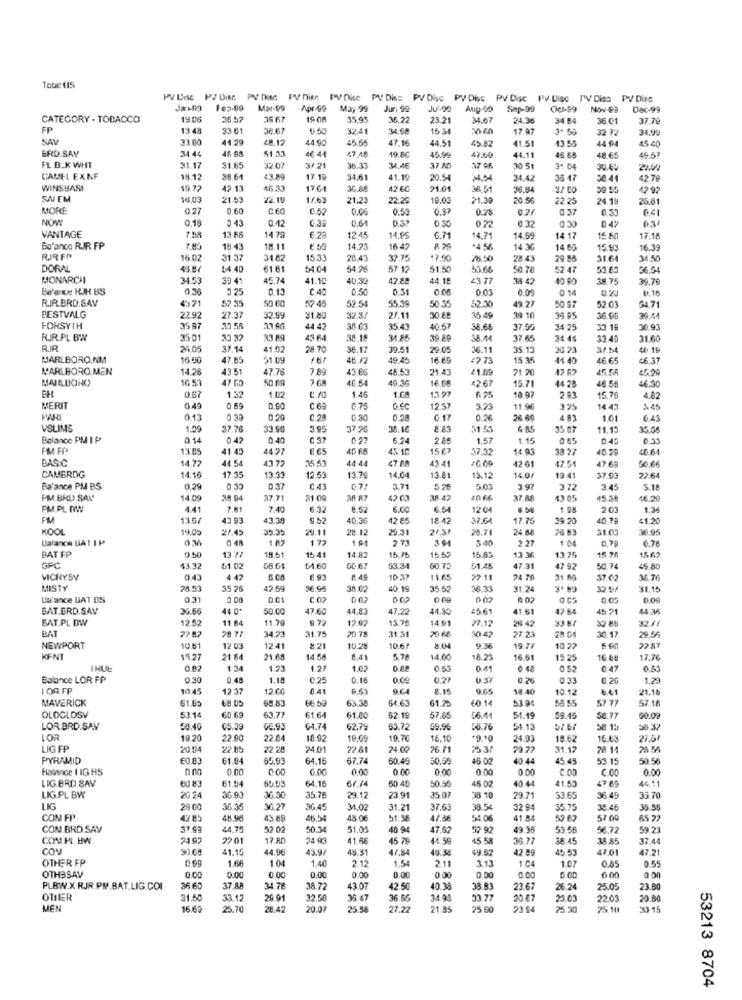
Tote! US
PV DA PJ DiAG PV Die PV Dise PV Dice PV Diss PV Disc PV Dis PV Disc PV Dise PV Diss PV Dise
PV Dise PV Dise
PV Dice
Mar-99
Apr-99
May 99
Jur. 99
Ju'-90
Aug-00
Sap-99
Nov-99
Dec-99
CATEGORY - TOBACCO
19.06
35.57
25 67
35.95
36.27
23.21
34.67
24. 30
34 54
36.01
37.79
FP
13 48
33 61
38.67
3241
15 34
17 97
32 72
34.99
SAY
33.00
44.29
48.12
44.90
47.16
44.51
45.82
41.51
13.55
44 94
ERD.SAY
46 08
51.33
47,48
45 40
34 44
4€ 44
19.8€
45.96
47.60
44.11
45 65
48.65
49.5?
FL B.K WHT
31.17
$1.65
32.07
3/21
36.33
34.46
37 80
17 G6
30.51
31 04
30.45
CAMEL EXNF
18 12
36.61
43.89
17.19
34.61
41.1
20.54
34.42
36 47
30.44
42.79
WINSHASE
19 72
42 13
1764
36. 88
42 60
21.01
38 51
36.14
2/ CO
59 55
47 92
SAI EM
18.03
21.53
22.10
1/63
21,23
22.25
19.03
21.39
20.56
22 25
24.19
25.81
MORE
0.27
0.60
0.52
0.53
0.37
0.78
0 37
0.33
64
NOM
0.15
0 43
0.12
038
0.64
0 x
022
0.32
0 :30
047
03/
VANTAGE
7.98
13 66
14 78
6.23
12.45
11.95
6.71
14.71
14.69
14 17
15 50
17.18
Bo'anco RIR FP
18 43
18.11
€.50
14.23
16 47
.4 56
14 30
14 60
15.93
16.39
R.IR FP
16.02
31 37
31.62
15.33
28.43
32.75
17.90
28.43
29 86
31.64
34.50
DORAL
43.87
$4.40
61.61
54 04
54.26
57 12
51.50
51.65
50 70
52 47
36.54
MONARCH
34.53
45.74
41.10
40.32
42.88
44.15
23 77
42
38.75
39.79
Be'ane KJH BS
0.36
0 25
0.13
C.40
0,50
0.51
0.03
0.00
0 1
0.16
RIR BRD.SAV
4971
50 60
57 48
52.54
55.39
50.55
52.30
49.27
57 35
50 97
52.03
54.71
BESTVALG
2292
27.37
32.99
31.80
32.3/
30.68
35.49
39 10
36.00
39.41
FORSYTH
35 97
.39 58
44 42
38 63
35.43
40.57
36.66
37.55
34 25
33 1
30.93
RUIR.PL BW
3501
43 64
38.18
31.85
39.89
36.14
37.65
31 44
33.40
31.60
24 05
37.14
41.02
28.70
36.17
39.51
29.05
36.11
35.13
36.21
44. 15
MARLBORO.NM
16 00
47.85
51.09
49.45
16.69
=2.73
15 35
41 40
46.65
46.37
MARLBORO.MEN
14.28
43.51
47.76
7.89
43.86
48.53
21.43
21.89
21 20
47 62
45.5A
25.20
MAILUCHO
16 53
47 GO
50 89
7 GA
46.54
40.35
16 68
4267
15.71
44 28
46.58
0.57
1.45
13. 97
46.30
1.32
1 02
1.08
6.75
10.97
2 93
15.79
4.82
MERIT
0.49
0.89
0.60
0.75
12 57
3.23
11.96
3 25
14 47
$45
0.13
0.33
0,20
C. 29
0.30
0.28
6.17
0.26
4 8
1.01
6.43
VSLIMS
1.09
37.78
33.90
3.95
37.20
2.63
51 51
G 85
35 07
11.13
12:58
Balance PM IP
0.14
0 42
0.40
C 97
0 27
6.24
2.85
1.57
1.15
0.45
0.33
I'M FP
13.85
41 45
44.27
4D FS
15 67
37.32
14.03
38 77
40.20
40.64
BASIC
14.72
44 54
43 77
35 53
44 44
43 41
42 61
47.69
50.66
CAMERDG
17.35
47.54
14.16
19.33
12 51
13.76
14.04
13.81
13.12
14 01
19 41
37.0
22.64
Ba'ance PM BS
0.29
0.37
C.43
G7!
3.71
5.26
5.03
3.97
3 72
3.45
5.18
PM BRD SAY'
14 09
38 04
37.71
31 00
42 03
20 66
37.A8
43.05
45.58
16.20
PM.PL BW
4.41
7.81
EG CH
7.40
5.32
8.52
6.00
6.54
12.04
8.58
1 98
2 03
1.34
FM
13.0/
43.39
5.52
40.36
42 85
18.42
37 GA
17.75
29 20
40.79
41.20
KOOL
19.05
27.45
35.35
29.11
28.12
29.31
21.37
26.71
24.88
76 83
31.00
30.95
Balance BAT IP
1 02
172
1 91
27
5 40
2. 27
1 04
0.79
0.76
BAT FP
15.41
14.82
15.75
15.55
15 7A
1562
13 ?!
18.51
15.83
13 36
13 75
GPC
43.32
61 02
56 6
61.60
00.67
53.34
60.73
61.45
47.31
47 92
50.74
45.80
VICRYSY
0.43
4 47
6 91
10 37
11.65
22 11
24 7A
37.0
34.76
MISTY
24.53
35 26
42.59
$6.99
38.02
40.19
35 52
36.31
31.24
32 9/
31.15
Le'ance UA1 BS
0.31
C 02
0.02
002
0.05
0.09
BAT.ERD.SAV
30.66
44 0
50.00
47.60
44.83
47.22
44.80
45.61
41.61
47 64
45 21
44.36
BAT.PL DW
12.52
11 84
11.70
9.72
12.02
13.76
14.91
27.12
29 42
33 87
32.11
BAT
34.23
20 78
31.31
20 68
28 00
32 84
30.17
31.75
30 42
27.23
29.56
NEWPORT
10.81
12 03
12.41
10.28
10.67
8.04
9.34
19.77
10 27
22 87
KENT
$5.27
21 64
21.68
14.58
8.41
5.76
14.00
18.23
16.61
15 25
16.88
17.76
1 34
121
1.27
1.02
0.55
0.41
0 48
0 52
0.47
6.53
Balance LOR FP
0 30
0.48
1.18
0.25
0.16
0.00
0.27
0.37
0.2
0.33
0.20
1.2
I OR FP
10.45
12 37
12 00
0.41
9.CA
9.65
18.40
10.12
6.61
21.13
MAVERICK
61.65
68.83
63.38
64.63
61.2
60.14
53.94
58 SS
57 77
57.18
OLDGLOSV
53.14
60.69
63.7
61.64
61.80
62.1
57.85
06:41
1.19
59.45
58.77
60.09
LOR BRD.SAV
58.40
05.39
04.74
62.79
63.72
59.96
58.76
54.13
58 15
56.32
LOR
19.20
22.00
22.0
18.92
10.69
19.70
16.10
*9.10
24.03
18.62
16.63
27.57
LIG FP
20.04
22.85
22.28
24.01
22.81
24.00
26.71
75 37
79.72
31.12
28 14
28 56
PYRAMID
60.83
61.94
65.93
64.16
67.74
60.49
50.59
45.02
40.44
45 45
53.15
50.56
Halance 1 IG HS
0.00
0.00
0.00
0.00
0 00
0.00
C 00
C.00
0.00
LIG.BRD.SAV
60 83
61.04
55.03
64.15
67,74
60 45
45.02
40.44
41.50
47.69
46.11
50.56
LIG.PL BW
20 24
36.93
36.30
35.76
29.12
23.91
35 07
8 10
29.7
53.65
36.49
35.70
LIG
29 00
36.35
36.27
36.45
31.02
31.21
37.63
38.54
32.94
55.75
38.46
36.55
COM FP
42 85
45.89
46.54
45.06
51.38
47.86
54.06
41.84
59 62
57 00
65 22
CON BRD.SAV
37.99
44.75
52 02
50.34
51.00
46 94
47.62
2 92
49 38
53 56
56.72
59 23
COM.PL.HW
21 97
22 01
17.80
24.93
41.66
45 76
44 99
5 58
36.77
38.45
14.85
37.44
COM
91.69
41.15
44.96
43.97
48.31
47.54
49.52
42 89
45.53
47.01
47.21
OTHER FP
0.99
1.6
1.04
1.40
2.12
1.54
2.11
3.13
1 .C4
1.07
0.85
0.55
0.00
0.00
OTHBSAV
0.00
0.00
0.00
0.00
0.00
0.00
600
PLBW.X RJR.PM.BAT.LIG.COI
36.60
37.88
34 78
38.72
43.07
42.50
40.38
38.83
23.67
26 24
25.05
23.80
OTIER
31.50
33.12
29.91
32.50
36.47
36.66
34.93
23.77
20 €7
29.03
22.03
20.80
MEN
16.60
25.70
28.42
20.07
25.58
27.22
21.85
25 60
23 94
25 30
25.10
3315
53213 8704